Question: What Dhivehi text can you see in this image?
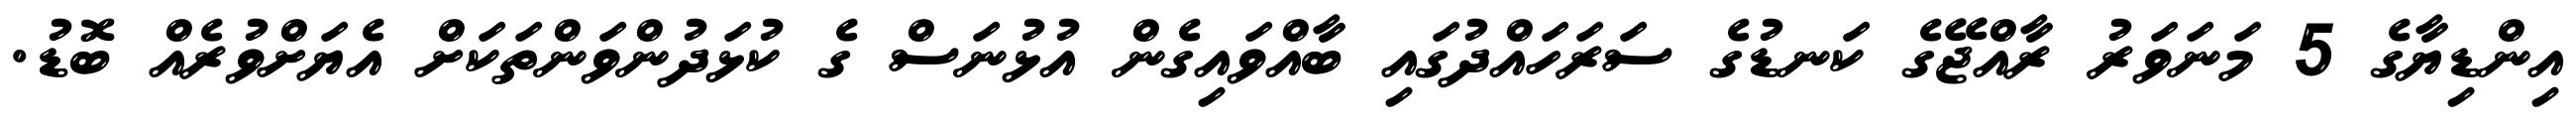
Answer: އިންޑިޔާގެ 5 މަނަވަރު ރާއްޖޭގެ ކަނޑުގެ ސަރަހައްދުގައި ބާއްވައިގެން އުޅުނަސް ގެ ކުޅަދުންވަންތަކަށް އެޔަށްވުރެއް ބޮޑު.